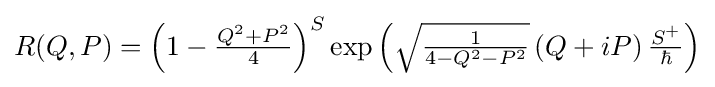
{\textstyle R(Q,P)=\left(1-{\frac {Q^{2}+P^{2}}{4}}\right)^{S}\exp \left({\sqrt {\frac {1}{4-Q^{2}-P^{2}}}}\left(Q+iP\right){\frac {S^{+}}{\hbar }}\right)}